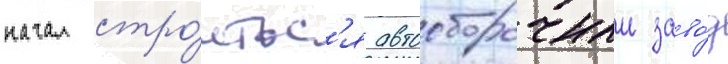
начал стро́итьс'я автосборочныи заво́д